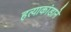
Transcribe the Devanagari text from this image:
हत्याकांडाने